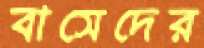
বাসেদের